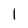
Character: 1